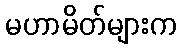
မဟာမိတ်များက